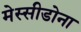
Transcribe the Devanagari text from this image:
मेस्सीडोना